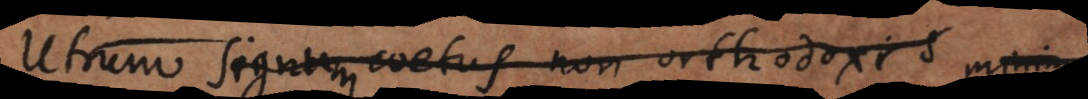
Utrum signum coetus non orthodoxi s